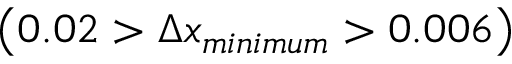
\left( 0 . 0 2 > \Delta x _ { m i n i m u m } > 0 . 0 0 6 \right)